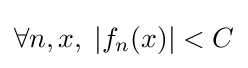
\forall n,x,\;|f_{n}(x)|<C